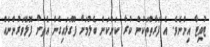
ޓުވިޓާ އިންނެވެ. އެ ފަރާތްތަކުން ކުރާ ކަންކަން ބެލުމަށް ފޫގަޅައިގެން އެތަށް ފޮލޮވަރުންނެއް